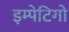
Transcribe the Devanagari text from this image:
इम्पेटिगो